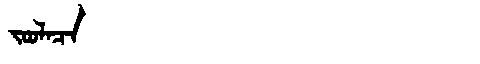
Manchu: ᠵᠣᠣᠯᠠᠴᠠ
Romanization: JOOLACA